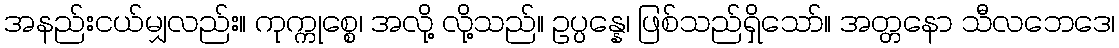
အနည်းငယ်မျှလည်း။ ကုက္ကုစ္စေ၊ အလို့ လို့သည်။ ဥပ္ပန္နေ၊ ဖြစ်သည်ရှိသော်။ အတ္တနော သီလဘေဒေ၊